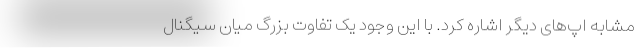
مشابه اپ‌های دیگر اشاره کرد. با این وجود یک تفاوت بزرگ میان سیگنال